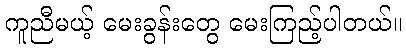
ကူညီမယ့် မေးခွန်းတွေ မေးကြည့်ပါတယ်။